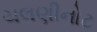
ચલણીનોટ